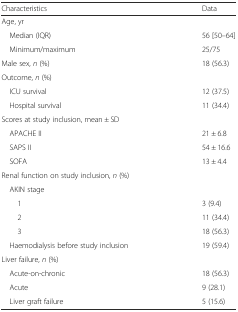
| Characteristics | Data |
 | --- | --- |
 | <COLSPAN=2> Age, yr |
 | Median (IQR) | 56 [50–64] |
 | Minimum/maximum | 25/75 |
 | Male sex, n (%) | 18 (56.3) |
 | <COLSPAN=2> Outcome, n (%) |
 | ICU survival | 12 (37.5) |
 | Hospital survival | 11 (34.4) |
 | <COLSPAN=2> Scores at study inclusion, mean ± SD |
 | APACHE II | 21 ± 6.8 |
 | SAPS II | 54 ± 16.6 |
 | SOFA | 13 ± 4.4 |
 | <COLSPAN=2> Renal function on study inclusion, n (%) |
 | AKIN stage |  |
 | 1 | 3 (9.4) |
 | 2 | 11 (34.4) |
 | 3 | 18 (56.3) |
 | Haemodialysis before study inclusion | 19 (59.4) |
 | <COLSPAN=2> Liver failure, n (%) |
 | Acute-on-chronic | 18 (56.3) |
 | Acute | 9 (28.1) |
 | Liver graft failure | 5 (15.6) |